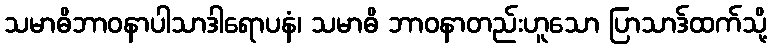
သမာဓိဘာဝနာပါသာဒါရောပနံ၊ သမာဓိ ဘာဝနာတည်းဟူသော ပြာသာဒ်ထက်သို့